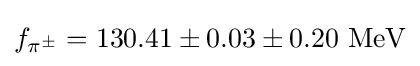
f_{\pi ^{\pm }}=130.41\pm 0.03\pm 0.20~{\text{MeV}}